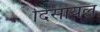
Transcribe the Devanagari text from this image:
दिसायल